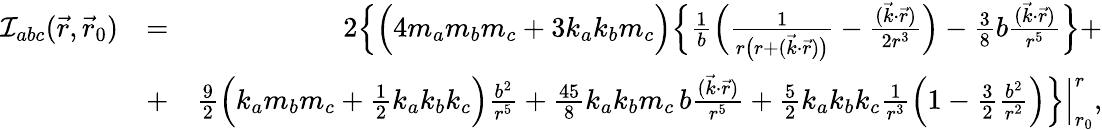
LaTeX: \begin{array}{rlr}{{\cal I}_{abc}(\vec{r},\vec{r}_{0})}&{=}&{2\Big\{ \Big(4m_{a}m_{b}m_{c}+3k_{a}k_{b}m_{c}\Big)\Big\{ \frac{1}{b}\Big(\frac{1}{r\big(r+(\vec{k}\cdot\vec{r})\big)}-\frac{(\vec{k}\cdot\vec{r})}{2r^{3}}\Big)-{\textstyle\frac{3}{8}}b\frac{(\vec{k}\cdot\vec{r})}{r^{5}}\Big\} +}\\ &{+}&{{\textstyle\frac{9}{2}}\Big(k_{a}m_{b}m_{c}+{\textstyle\frac{1}{2}}k_{a}k_{b}k_{c}\Big)\frac{b^{2}}{r^{5}}+{\textstyle\frac{45}{8}}k_{a}k_{b}m_{c}\, b\frac{(\vec{k}\cdot\vec{r})}{r^{5}}+{\textstyle\frac{5}{2}}k_{a}k_{b}k_{c}\frac{1}{r^{3}}\Big(1-{\textstyle\frac{3}{2}}\frac{b^{2}}{r^{2}}\Big)\Big\} \Big|_{r_{0}}^{r},}\end{array}